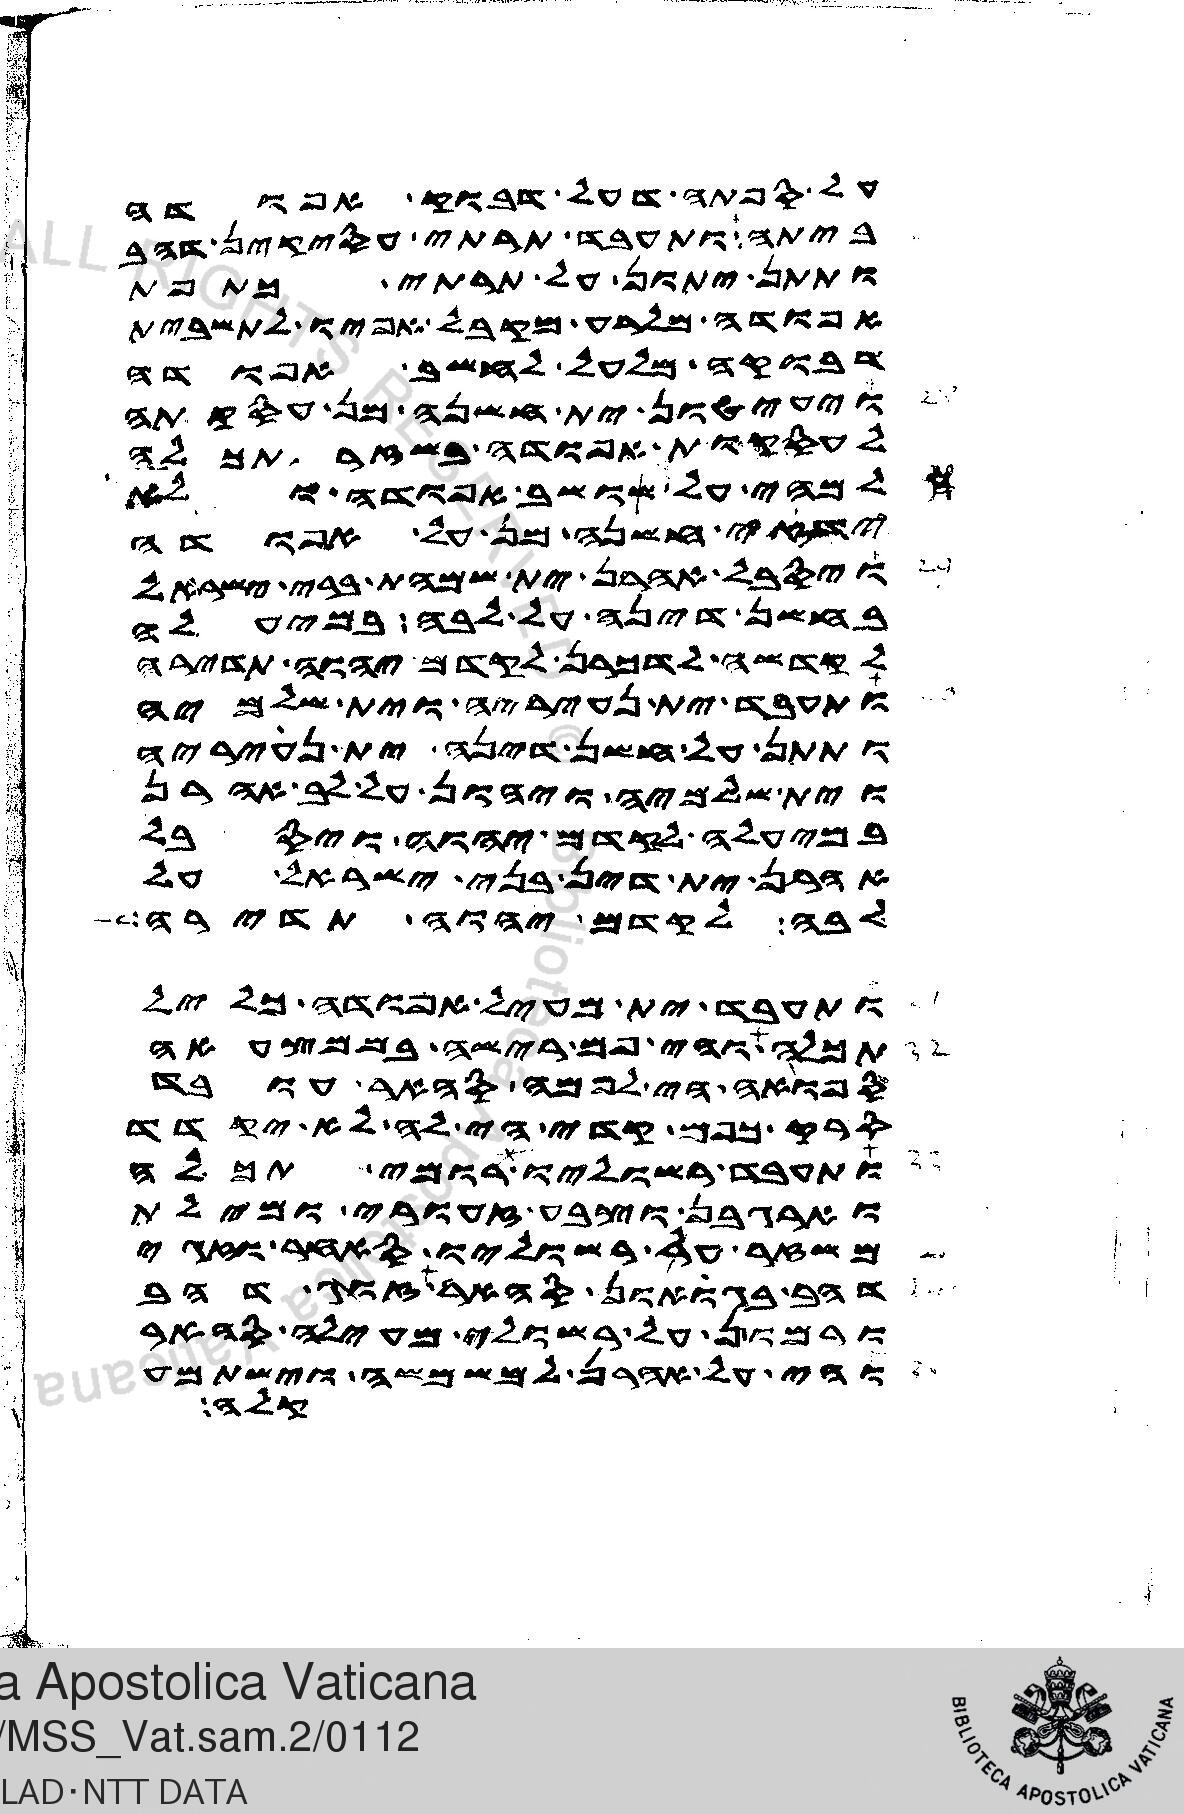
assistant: על ספתה דעל דבוק אפודה
ביתה ותעבד תרתי עסקין דהב
ותתן יתון על תרתי כתפת
אפודה מלרע מקבל אפיו לתשבית
דבוקה מלעל לחשב אפודה
ויעיטון ית חשנה מן עסקתה
לעסקות אפודה בשזר תכלה
למהי על שושב אפודה ולא
ידזאי חשנה מן על אפודה
ויסבל אהרן ית שמהת ברי ישראל
בחשן דינה על לבה במיעלה
לקדשה לדכרן לקדם יהוה תדירה
ותעבד ית נעיריה וית שלמיה
ותתן על חשן דינה ית נעיריה
וית שלמיה ויהון על לב אהרן
במיעלה לקדם יהוה ויסבל
אהרן ית דין בני ישראל על
לבה לקדם יהוה תדירה
ותעבד ית מעיל אפודה כליל
תכלה והי פם רישה בממצעאה
ספואה הי לפמה סהאר עובד
סרק כפם קדי הי לה לא יקדד
ותעבד רשוליו רומי תכלה
וארגבן וצבע זעורי ומילת
משזר על רשוליו סאחר וזגי
דהב בגואון סהאר זוג דהב
ורמון על רשולי מעילה סהאר
והי על אהרן למשמשה וישתמע
קלה